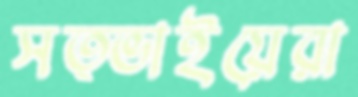
সত্ভাইয়েরা